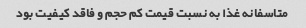
متاسفانه غذا به نسبت قیمت کم حجم و فاقد کیفیت بود